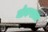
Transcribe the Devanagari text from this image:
नोकराला